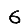
Digit: 6